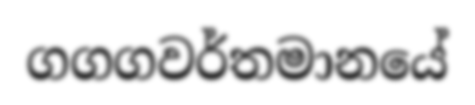
ගගගවර්තමානයේ